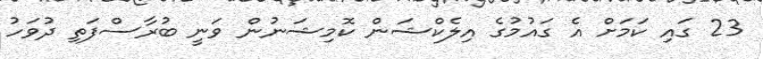
23 ގައި ކަމަށް އެ ގައުމުގެ އިލެކްޝަން ކޮމިޝަނުން ވަނީ ބުރާސްފަތި ދުވަހު